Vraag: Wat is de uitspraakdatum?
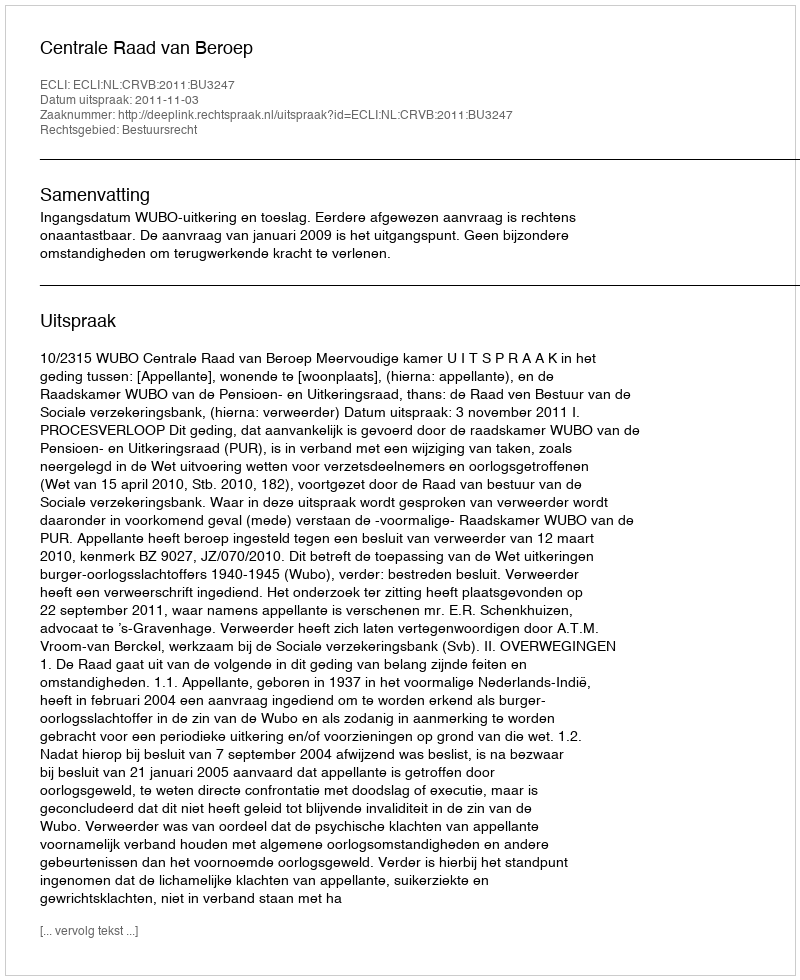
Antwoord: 2011-11-03